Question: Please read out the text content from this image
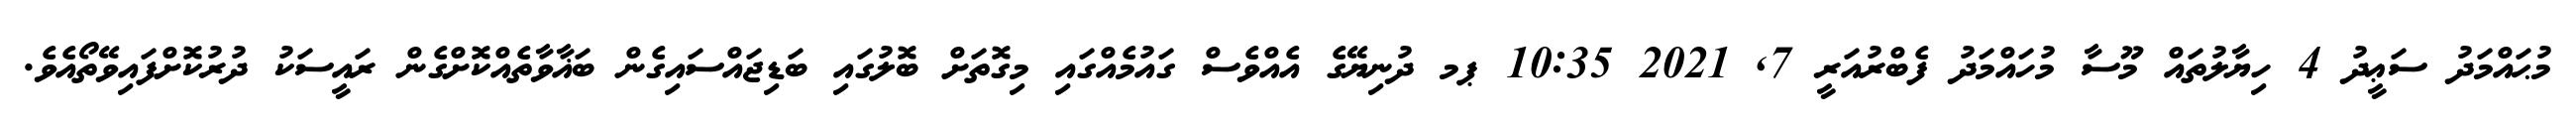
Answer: މުޙައްމަދު ސަޢީދު 4 ހިޔާލުތައް މޫސާ މުހައްމަދު ފެބްރުއަރީ 7, 2021 10:35 ޕމ ދުނިޔޭގެ އެއްވެސް ގައުމެއްގައި މިގޮތަށް ބޮލުގައި ބަޑިޖައްސައިގެން ބަޣާވާތެއްކޮށްގެން ރައީސަކު ދުރުކޮށްފައިވޭތޯއެވެ.